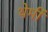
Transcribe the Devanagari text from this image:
थेर्मी